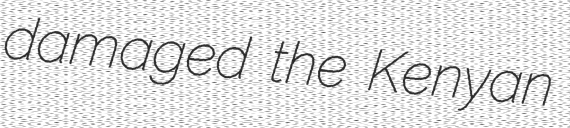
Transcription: damaged the Kenyan